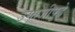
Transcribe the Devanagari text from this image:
उमाजीपुढे